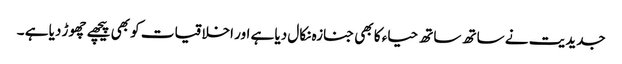
جدیدیت نے ساتھ ساتھ حیاء کا بھی جنازہ نکال دیا ہے اور اخلاقیات کو بھی پیچھے چھوڑ دیا ہے ۔